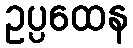
ဥပ္ပထေန